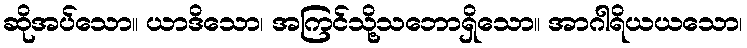
ဆိုအပ်သော။ ယာဒိသော၊ အကြင်သို့သဘောရှိသော။ အာဂါရိယယသော၊